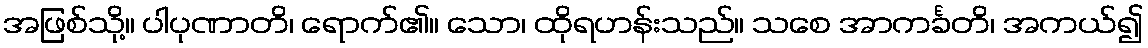
အဖြစ်သို့။ ပါပုဏာတိ၊ ရောက်၏။ သော၊ ထိုရဟန်းသည်။ သစေ အာကင်္ခတိ၊ အကယ်၍